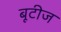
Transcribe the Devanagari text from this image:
बूटीज